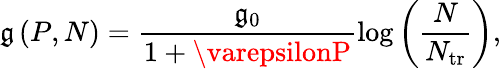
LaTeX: \mathfrak{g}\left(P,N\right)=\frac{{\mathfrak{g}_{0}}}{{1+\varepsilonP}}\log\left(\frac{{N}}{{N_{\mathrm{{tr}}}}}\right),